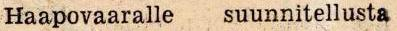
Haapovaaralle  suunnitellusta